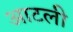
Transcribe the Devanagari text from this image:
आटली